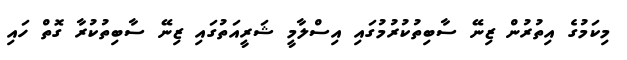
މިކަމުގެ އިތުރުން ޒިނޭ ސާބިތުކުރުމުގައި އިސްލާމީ ޝަރީއަތުގައި ޒިނޭ ސާބިތުކުރާ ގޮތް ހައި